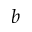
b